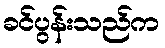
ခင်ပွန်းသည်က